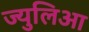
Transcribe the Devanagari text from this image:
ज्युलिआ